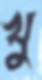
খু